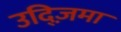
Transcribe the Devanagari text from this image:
उद्ज़िमा